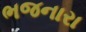
ભજનારા